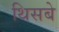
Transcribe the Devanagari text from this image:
थिसबे